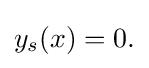
y_{s}(x)=0.\,\!